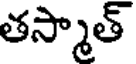
తస్మాత్